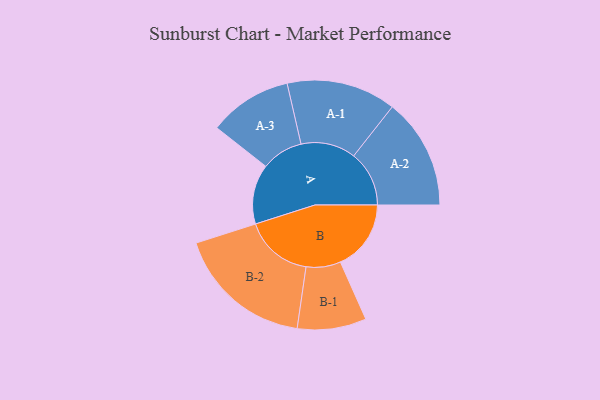
{"axis": {"x": "Segment", "y": "Value"}, "legend": ["", "A", "B"], "data": [{"x": "A", "y": 260, "type": ""}, {"x": "B", "y": 307, "type": ""}, {"x": "A-1", "y": 238, "type": "A"}, {"x": "A-2", "y": 241, "type": "A"}, {"x": "A-3", "y": 181, "type": "A"}, {"x": "B-1", "y": 150, "type": "B"}, {"x": "B-2", "y": 298, "type": "B"}]}